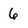
Character: 6